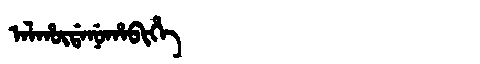
Manchu: ᠠᠯᡥᡡᡩᠠᠨᡠᡥᠠᠪᡳᡥᡝ
Romanization: ALHŪDANUHABIHE